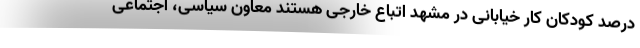
درصد کودکان کار خیابانی در مشهد اتباع خارجی هستند معاون سیاسی، اجتماعی